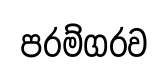
පරම්ගරව